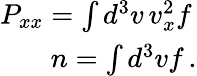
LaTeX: \begin{array}{r}{P_{xx}=\int d^{3}v\, v_{x}^{2}f\, }\\ {n=\int d^{3}vf\, .}\end{array}